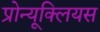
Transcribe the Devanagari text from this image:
प्रोन्यूक्लियस